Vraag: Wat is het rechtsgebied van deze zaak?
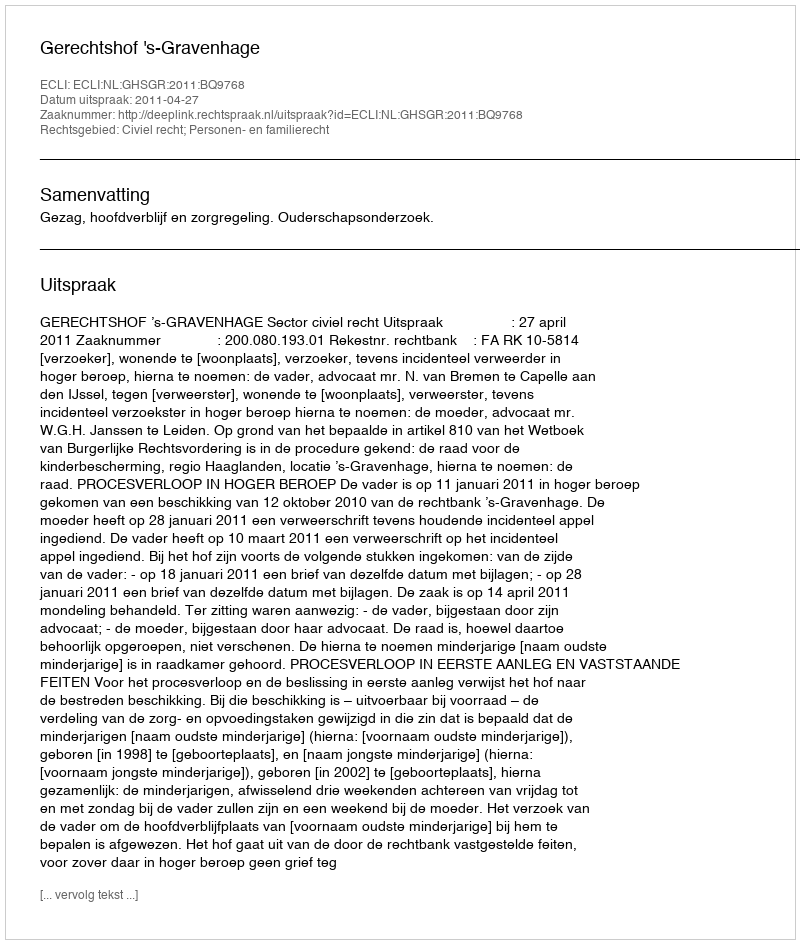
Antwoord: Civiel recht; Personen- en familierecht